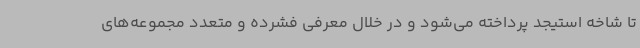
تا شاخه استیجد پرداخته می‌شود و در خلال معرفی فشرده و متعدد مجموعه‌های